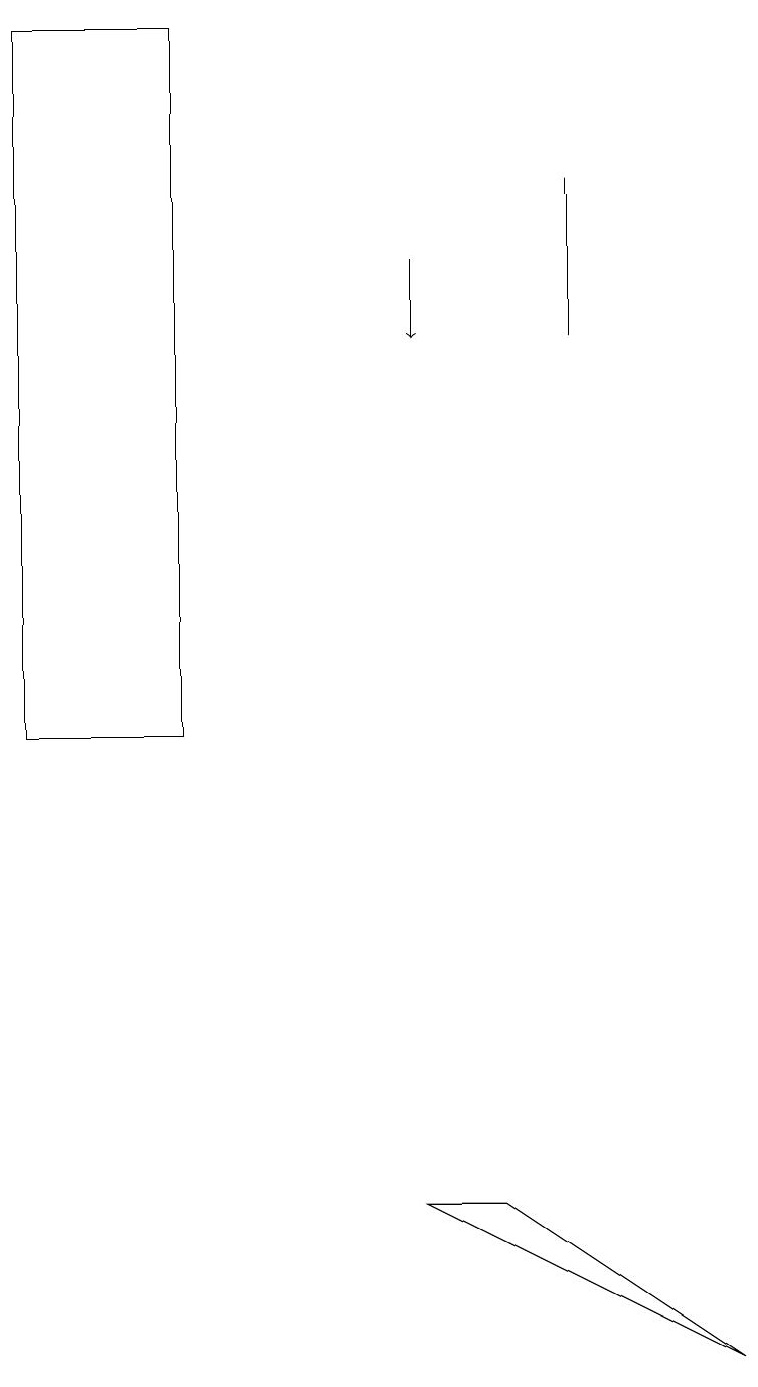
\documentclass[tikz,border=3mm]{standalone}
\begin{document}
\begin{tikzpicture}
\draw (0,10) rectangle (2,19);
\draw[->] (5,16) -- (5,15);
\draw (7,17) rectangle (7,15);
\draw (9,2) -- (5,4) -- (6,4) -- cycle;
\draw (2,19) rectangle (2,15);
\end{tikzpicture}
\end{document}